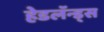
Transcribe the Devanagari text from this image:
हेडलॅन्ड्‌स